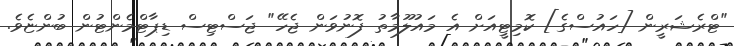
"ޓްރެޝަރީން [ހައުސްގެ] ކޮމިޓީއަށް އެ މައުލޫމާތު ފޮނުވަން ޖެހޭ" ޖަސްޓިސް ޑިޕާޓްމެންޓުން ބުންޏެވެ.